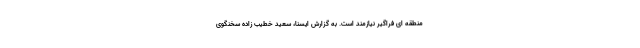
منطقه ای فراگیر نیازمند است. به گزارش ایسنا، سعید خطیب زاده سخنگوی